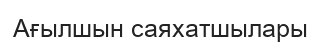
Ағылшын саяхатшылары